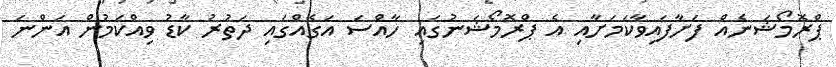
ޕްރޮމޯޝަނެއް ފަށާފައިވާކަމަށާއި އެ ޕްރޮމޯޝަނުގައި ހާއްސަ އަގެއްގައި ދަތުރު ކާޑު ވިއްކަމުން އަންނަ